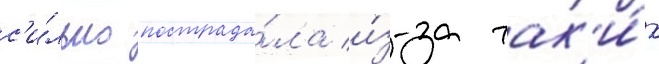
с'и́льно пострада́ла и́з-за так'и́х